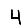
Digit: 4